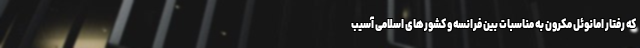
که رفتار امانوئل مکرون به مناسبات بین فرانسه و کشورهای اسلامی آسیب